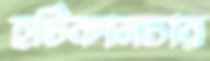
হর্টিকালচার